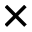
\times